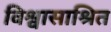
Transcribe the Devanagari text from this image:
विश्वासाश्रित